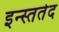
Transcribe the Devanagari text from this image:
इन्स्ततेद